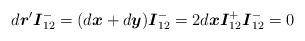
LaTeX: \begin{align*}d\boldsymbol{r}^{\prime }\boldsymbol{I}_{12}^{-}=(d\boldsymbol{x}+d\boldsymbol{y})\boldsymbol{I}_{12}^{-}=2d\boldsymbol{x}\boldsymbol{I}_{12}^{+}\boldsymbol{I}_{12}^{-}=0\end{align*}